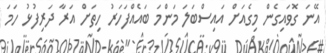
އޭނަ ގޮވައިގެން މިގެއަށް އައިސްބަލަ މަންމަ ބައެއްފަހަރު ހިތަށް އަރާ ދަރިފުޅު ހަމަ